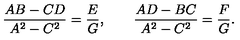
{ \frac { A B - C D } { A ^ { 2 } - C ^ { 2 } } } = { \frac { E } { G } } , \qquad { \frac { A D - B C } { A ^ { 2 } - C ^ { 2 } } } = { \frac { F } { G } } .